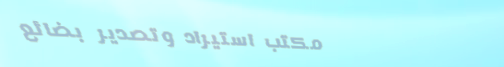
مكتب استيراد وتصدير بضائع